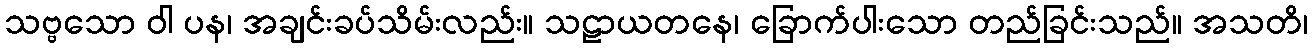
သဗ္ဗသော ဝါ ပန၊ အချင်းခပ်သိမ်းလည်း။ သဠာယတနေ၊ ခြောက်ပါးသော တည်ခြင်းသည်။ အသတိ၊